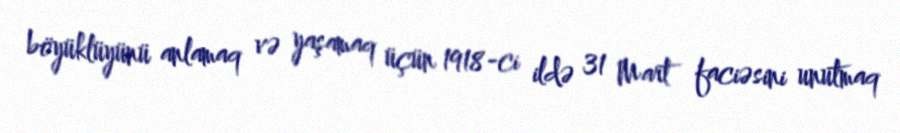
böyüklüyünü anlamaq və yaşamaq üçün 1918-ci ildə 31 Mart faciəsini unutmaq